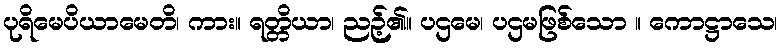
ပုရိမေပိယာမေတိ၊ ကား။ ရတ္တိယာ၊ ညဉ့်၏။ ပဌမေ၊ ပဌမဖြစ်သော ။ ကောဋ္ဌာသေ၊